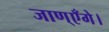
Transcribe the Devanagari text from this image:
जाण्‌एँगे।